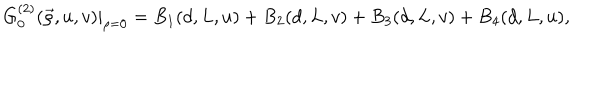
G _ { 0 } ^ { ( 2 ) } ( \vec { \rho } , u , v ) | _ { \rho = 0 } = B _ { 1 } ( d , L , u ) + B _ { 2 } ( d , L , v ) + B _ { 3 } ( d , L , v ) + B _ { 4 } ( d , L , u ) ,